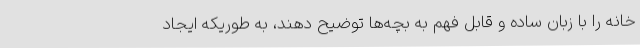
خانه را با زبان ساده و قابل فهم به بچه‌ها توضیح دهند، به طوریکه ایجاد